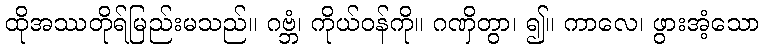
ထိုအဿတိုရ်မြည်းမသည်။ ဂဗ္ဘံ၊ ကိုယ်ဝန်ကို။ ဂဏှိတွာ၊ ၍။ ကာလေ၊ ဖွားအံ့သော